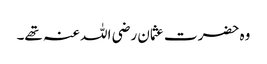
وہ حضرت عثمان رضی اللہ عنہ تھے۔